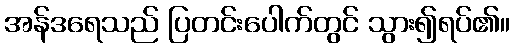
အန်ဒရေသည် ပြတင်းပေါက်တွင် သွား၍ရပ်၏။